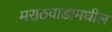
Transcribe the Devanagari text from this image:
मराठवाडामधील